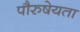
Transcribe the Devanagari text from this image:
पौरुषेयता